Civil Veterinary Dept. North-West Frontier Province 1933-46 - 1933-1946
Year: 1933
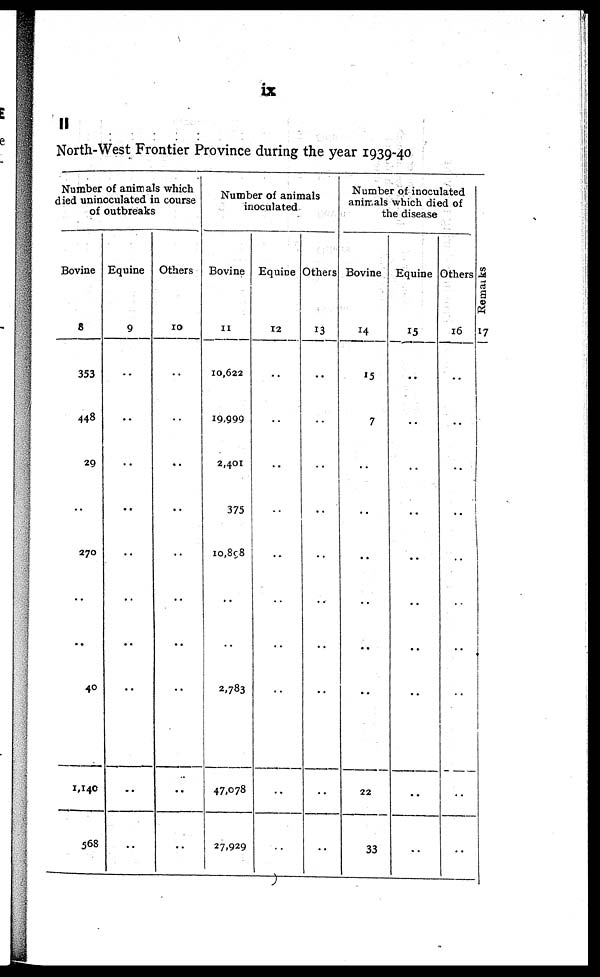
ix
II
North-West Frontier Province during the year 1939-40
Number of animals which
died uninoculated in course
of outbreaks
Bovine
8
353
448
29
..
270
..
40
1,140
568
Equine
9
..
..
..
..
..
..
..
..
..
Others
10
..
..
..
..
..
..
..
..
..
Number of animals
inoculated
Bovine
11
10,622
19,999
2,401
375
10,898
..
2,783
47,078
27,929
Equine
12
..
..
..
..
..
..
..
..
..
Others
13
..
..
..
..
..
..
..
..
..
Number of inoculated
animals which died of
the disease
Bovine
14
15
7
..
..
..
..
..
22
33
Equine
15
..
..
..
..
..
..
..
..
..
Others
16
..
..
..
..
..
..
..
..
..
Re ma r
ks
17